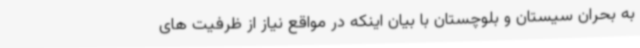
به بحران سیستان و بلوچستان با بیان اینکه در مواقع نیاز از ظرفیت های